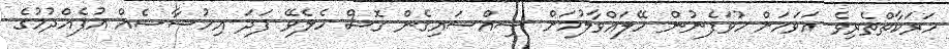
ހަރަކާތްތެރިވެ އަވަހަށް ހުވަފެނުން ހޭލައްވާލުމަށް ސިއްސައިގެން ގޮސް ހެލެވޭ ފަދަ އިހުސާސެއް އުފެއްދުމުގެ